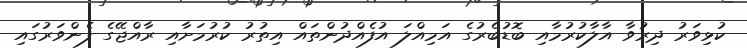
ކުޅިވަރު ދިރުވާ އާލާކުރުމާއި ބޮޑުބެރުގެ އަމިއްލަ އުފެއްދުންތައް އިތުރު ކުރުމަށާއި ރާއްޖޭގެ ފެންވަރުގައި